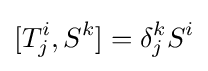
[T_{j}^{i},S^{k}]=\delta _{j}^{k}S^{i}